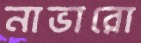
নাভারো